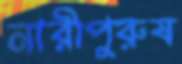
নারীপুরুষ